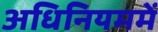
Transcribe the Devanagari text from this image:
अधिनियममें